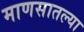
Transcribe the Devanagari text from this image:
माणसातल्या